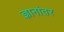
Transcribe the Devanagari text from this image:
ज्ञानांतर